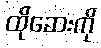
ထိုဆေးကို